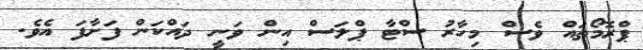
ޕްރޮމޯތައް ވެސް މިހާރު ސްޓާ ޕްލަސް އިން ވަނީ ދައްކަން ފަށާފަ އެވެ.